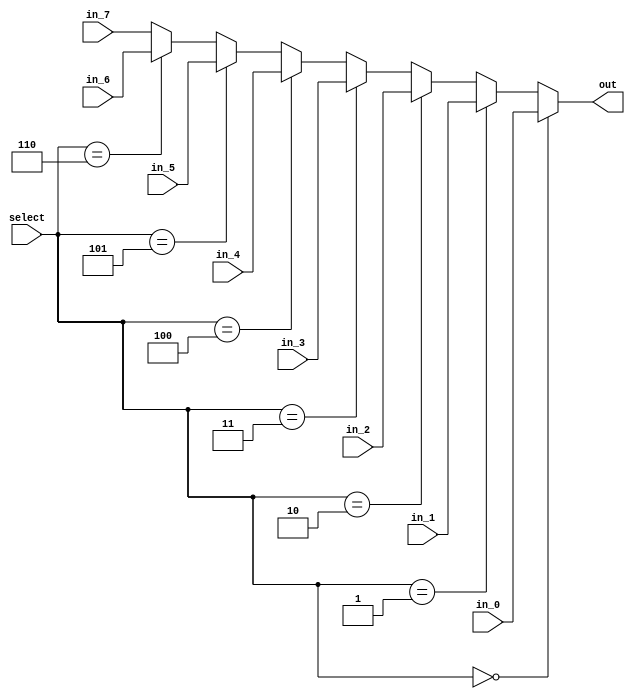
module mux_example_3
  (
   input wire       in_0,
   input wire       in_1,
   input wire       in_2,
   input wire       in_3,
   input wire       in_4,
   input wire       in_5,
   input wire       in_6,
   input wire       in_7,
   input wire [2:0] select,
   output reg      out
   );
   
   /*
    The purpose of this module is to explore the differences between
    implementing an 8-to-1 multiplexer using case statements, nested assignment
    statements, and nested if-else statements

    */

   always @* begin
      if (select == 3'b000) begin
         out = in_0;
      end
      else if (select == 3'b001) begin
         out = in_1;
      end
      else if (select == 3'b010) begin
         out = in_2;
      end
      else if (select == 3'b011) begin
         out = in_3;
      end
      else if (select == 3'b100) begin
         out = in_4;
      end
      else if (select == 3'b101) begin
         out = in_5;
      end
      else if (select == 3'b110) begin
         out = in_6;
      end
      else begin
         out = in_7;
      end
   end // always @ *
                
endmodule // mux_example_3